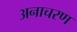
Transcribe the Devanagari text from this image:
अनाचरण